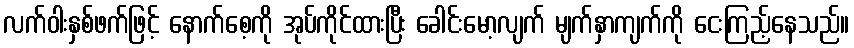
လက်ဝါးနှစ်ဖက်ဖြင့် နောက်စေ့ကို အုပ်ကိုင်ထားပြီး ခေါင်းမော့လျက် မျက်နှာကျက်ကို ငေးကြည့်နေသည်။